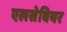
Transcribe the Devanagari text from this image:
एलसेवियर